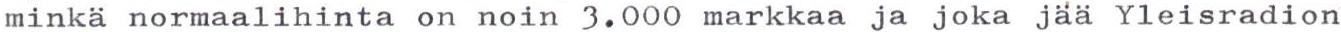
minkä normaalihinta on noin 3.000 markkaa ja joka jää Yleisradion